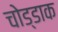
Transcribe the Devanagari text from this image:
चोड्डाक